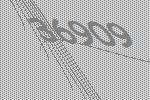
36909